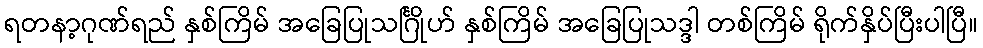
ရတနာ့ဂုဏ်ရည် နှစ်ကြိမ် အခြေပြုသင်္ဂြိုဟ် နှစ်ကြိမ် အခြေပြုသဒ္ဒါ တစ်ကြိမ် ရိုက်နှိပ်ပြီးပါပြီ။